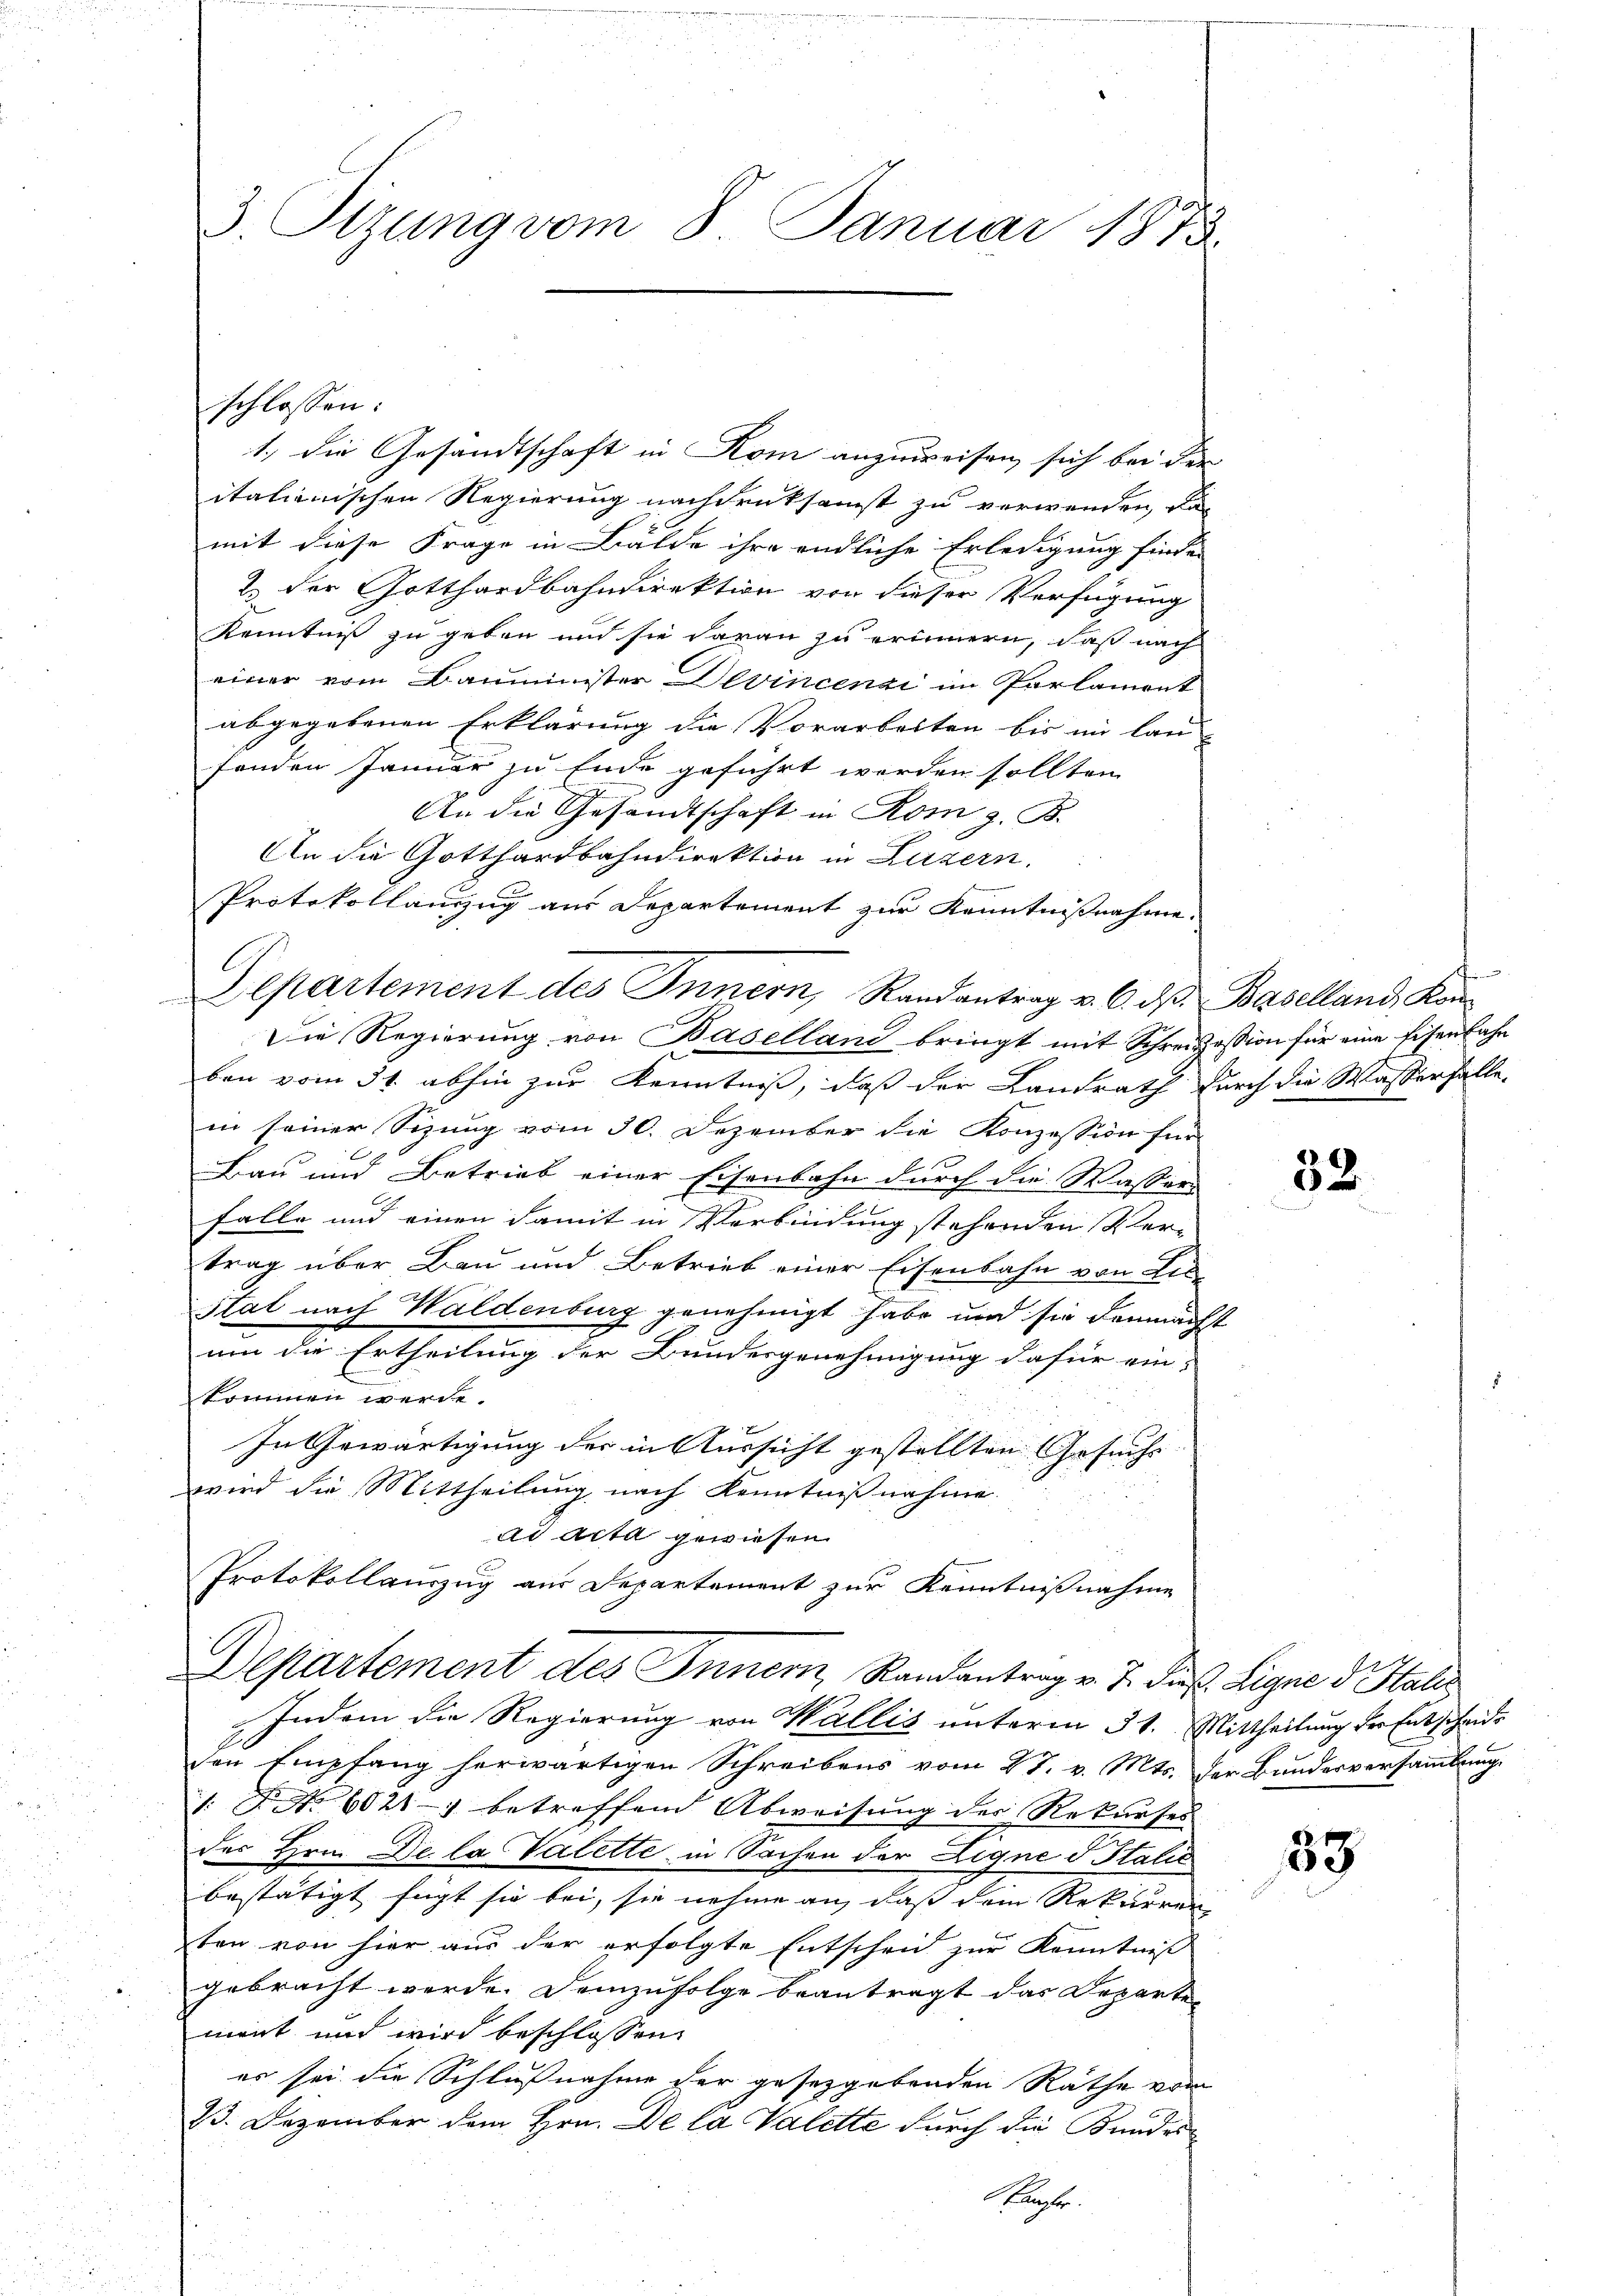
3. Sizung vom 8. Januar 1873

1.) Die Gesandtschaft in Kom anzuweisen, sich bei der
italienischen Regierung nachdruksamst zu verwenden, da
mit diese Frage in Bälde ihre endliche Erledigung finden
2. der Gotthardbahndirektion von dieser Verfügung
Kenntniß zu geben und sie daran zu erinnern, daß nach
einer vom Bauminister Devincenzi im Parlament
abgegebenen Erklärung die Vorarbeiten bis im laufenden Januar zu Ende geführt worden sollten
An die Gesandtschaft in Rom z. B.
An die Gotthardbahndirektion in Luzern.
Protokollanzug aus Departement zur Kenntnißnahme.
Die Regierung von Baselland bringt mit Schreizession für eine Eisenbahn
ben vom 31. abhin zur Kenntniß, daß der Landrath durch die Wasserfalle
in seiner Sizung vom 30. Dezember die Konzession für
t
Bau und Betrieb einer Eisenbahn durch die Wasser
falle und einen damit in Verbindung stehenden Vertrag über Bau und Betrieb einer Eisenbahn von Lis-
stat nach Waldenburg genehmigt habe und sie demnächst
um die Ertheilung der Bundesgenehmigung dafür ein-
kommen werde.
In Gewärtigung der in Aussicht gestellten Gesuchs
wird die Mittheilung nach Kenntnißnahme
ad Acta gewiesen.
Protokollauszug aus Departement zur Kenntnißnahme
.

schlossen:

Departement des Innern, Randantrag v. J. Fuß. Eigne d. Stalis

Departement des Innern, Randantrag v. 6. ds. Baselland Kon

Indem die Regierung von Wallis unterm 31. Mittheilung der Entscheide
den Empfang herwärtigen Schreibens vom 27. v. Mts. der Bundesversammlungs
1: P. No 6021-7 betreffend Abweisung der Rekurses
des Hrn. De la Valette in Sachen der Ligne d Italić
bestätigt fügt sie bei, sie nehme an, daß dem Rekurren
ten von hier aus der erfolgte Entscheid zur Kenntniß
gebracht werde. Demzufolge beantragt das Departen
mont und wird beschlossen:
er sei die Schlußnahme der gesetzgebenden Räthe vom
23. Dezember dem Hrn. De la Valette durch die Bundes¬
Haufes.

32

89